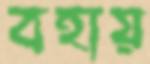
বহায়